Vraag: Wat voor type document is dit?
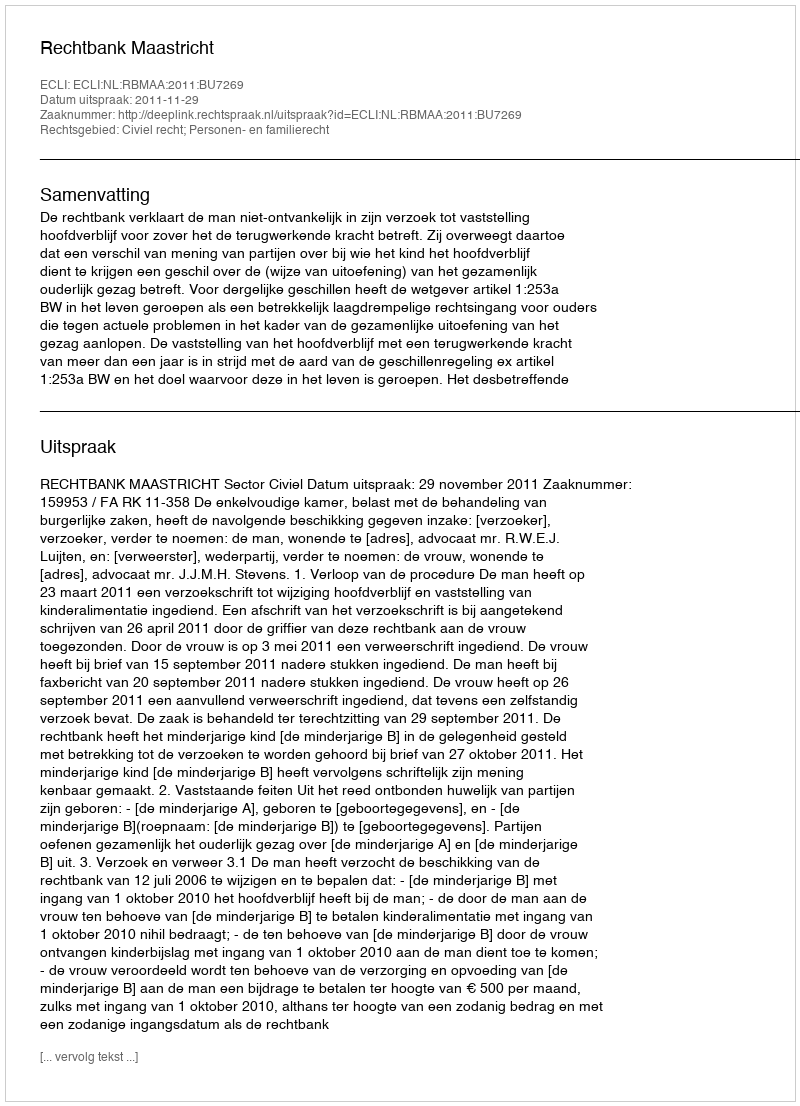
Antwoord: Uitspraak